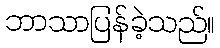
ဘာသာပြန်ခဲ့သည်။